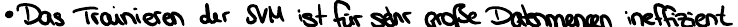
Das Trainieren der SVM ist für sehr große Datenmengen ineffizient